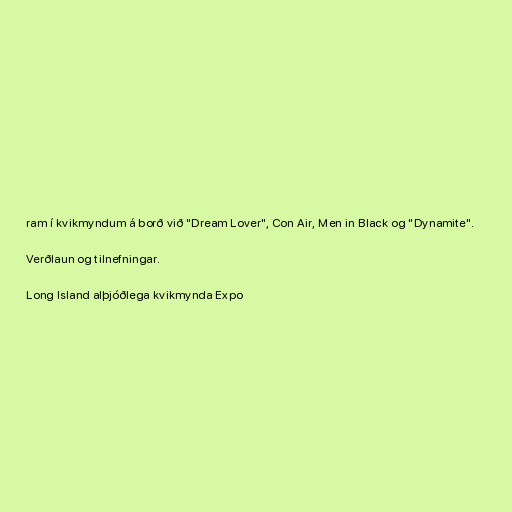
ram í kvikmyndum á borð við "Dream Lover", Con Air, Men in Black og "Dynamite".

Verðlaun og tilnefningar.

Long Island alþjóðlega kvikmynda Expo